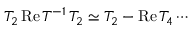
T _ { 2 } \, \mathrm { R e } \, T ^ { - 1 } \, T _ { 2 } \simeq T _ { 2 } - \mathrm { R e } \, T _ { 4 } \cdots